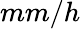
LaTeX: mm/h